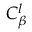
{ C } _ { \beta } ^ { l }